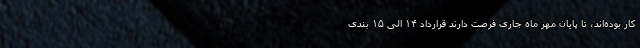
کار بوده‌اند، تا پایان مهر ماه جاری فرصت دارند قرارداد ۱۴ الی ۱۵ بندی